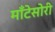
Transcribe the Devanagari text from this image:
माँटेसोरी